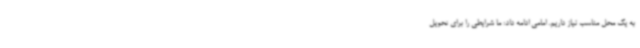
به یک محل مناسب نیاز داریم. امامی ادامه داد: ما شرایطی را برای تحویل